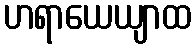
ဟရာယေယျာထ